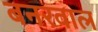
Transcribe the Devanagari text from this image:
बनरवाल